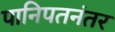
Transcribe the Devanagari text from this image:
पानिपतनंतर